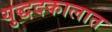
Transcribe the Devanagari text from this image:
युद्धदकालात